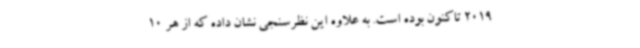
2019 تاکنون بوده است. به علاوه این نظرسنجی نشان داده که از هر 10